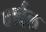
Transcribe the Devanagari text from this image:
वार्बल